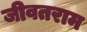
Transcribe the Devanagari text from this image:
जीवतराम